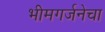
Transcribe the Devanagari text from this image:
भीमगर्जनेचा